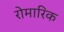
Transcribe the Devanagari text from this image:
रोमारिक